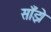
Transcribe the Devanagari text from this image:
साँझे